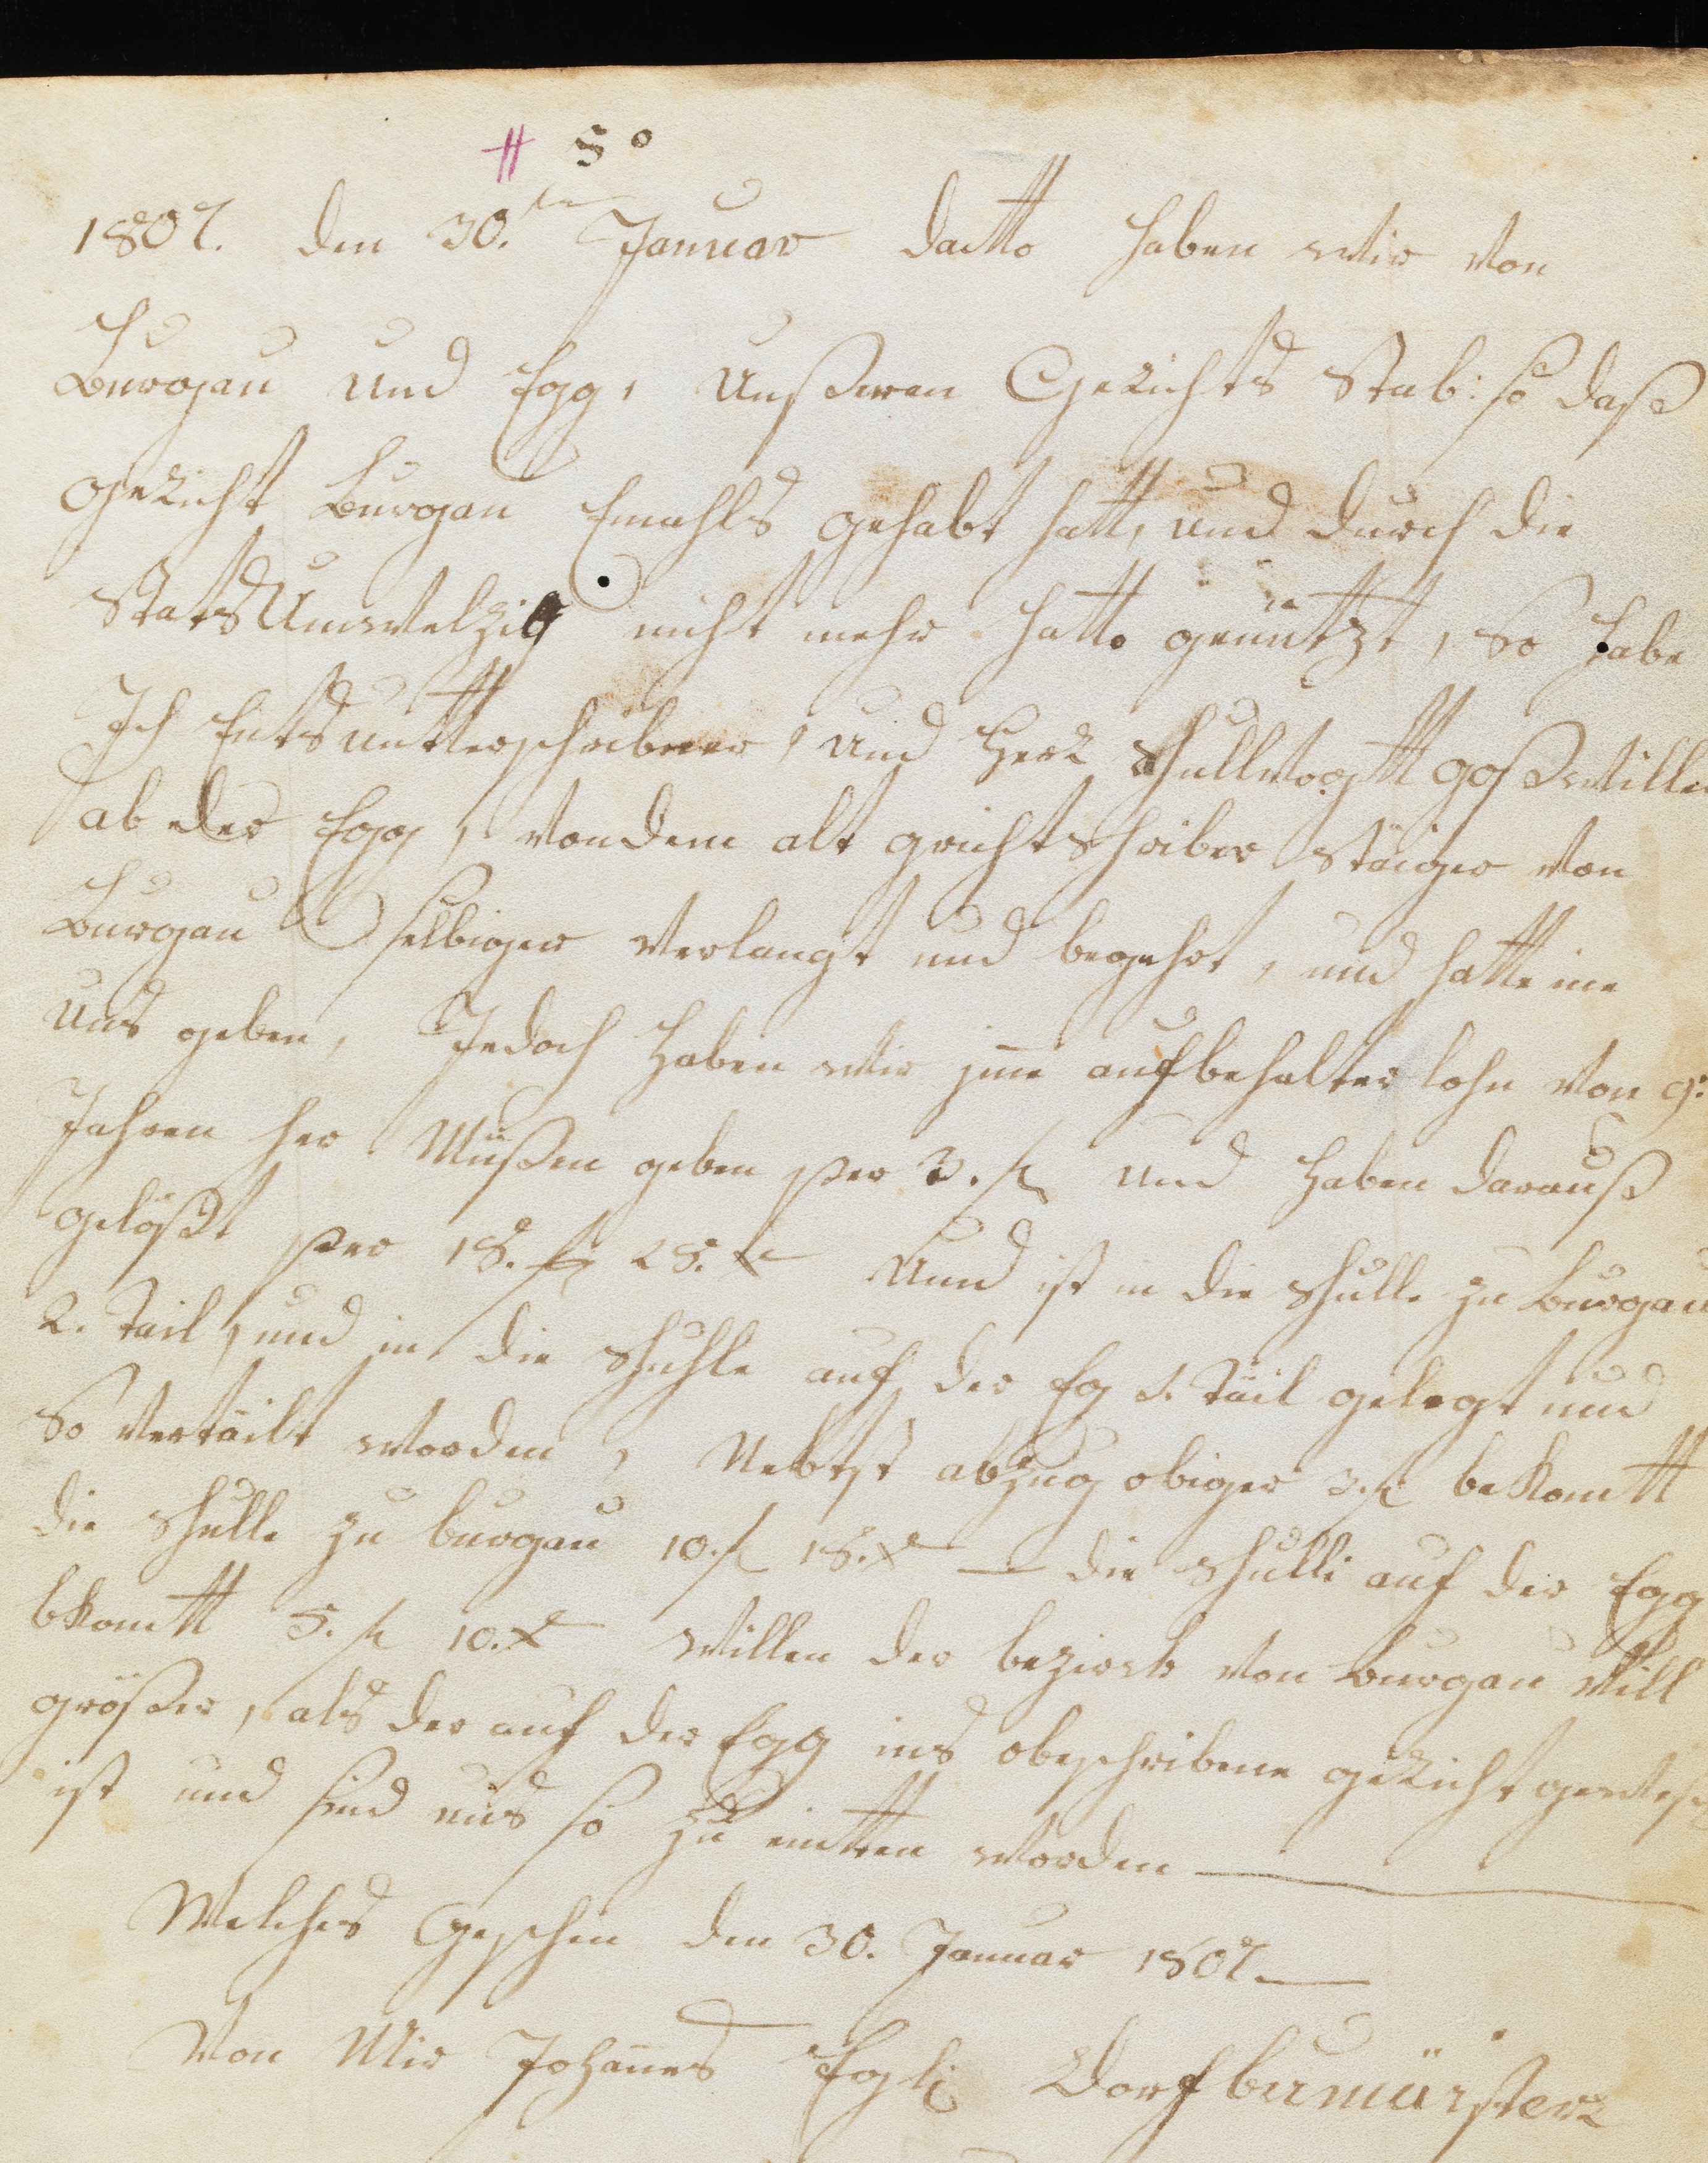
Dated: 1469–1469